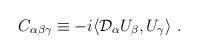
LaTeX: \begin{align*}C_{\alpha\beta\gamma}\equiv-i\langle{\cal D}_\alpha U_\beta,U_\gamma\rangle \ . \end{align*}